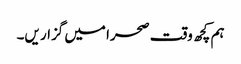
ہم کچھ وقت صحرا میں گزار یں۔